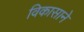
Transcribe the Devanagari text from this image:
विकासाने